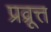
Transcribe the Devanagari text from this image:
प्रव्रूत्त